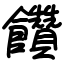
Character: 饡